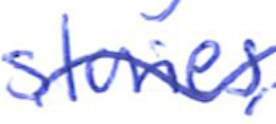
Text: stories,
Cross-out: wave
Writing tool: ballpoint